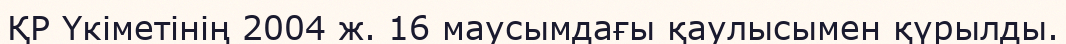
ҚР Үкіметінің 2004 ж. 16 маусымдағы қаулысымен қүрылды.